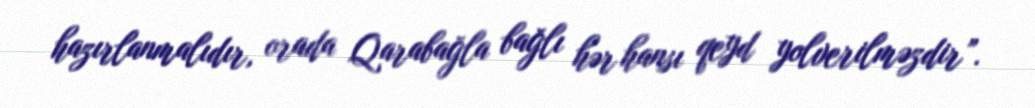
hazırlanmalıdır, orada Qarabağla bağlı hər hansı qeyd yolverilməzdir”.